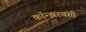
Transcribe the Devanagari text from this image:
कॉन्झरवंसी